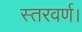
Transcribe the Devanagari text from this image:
स्तरवर्ण।